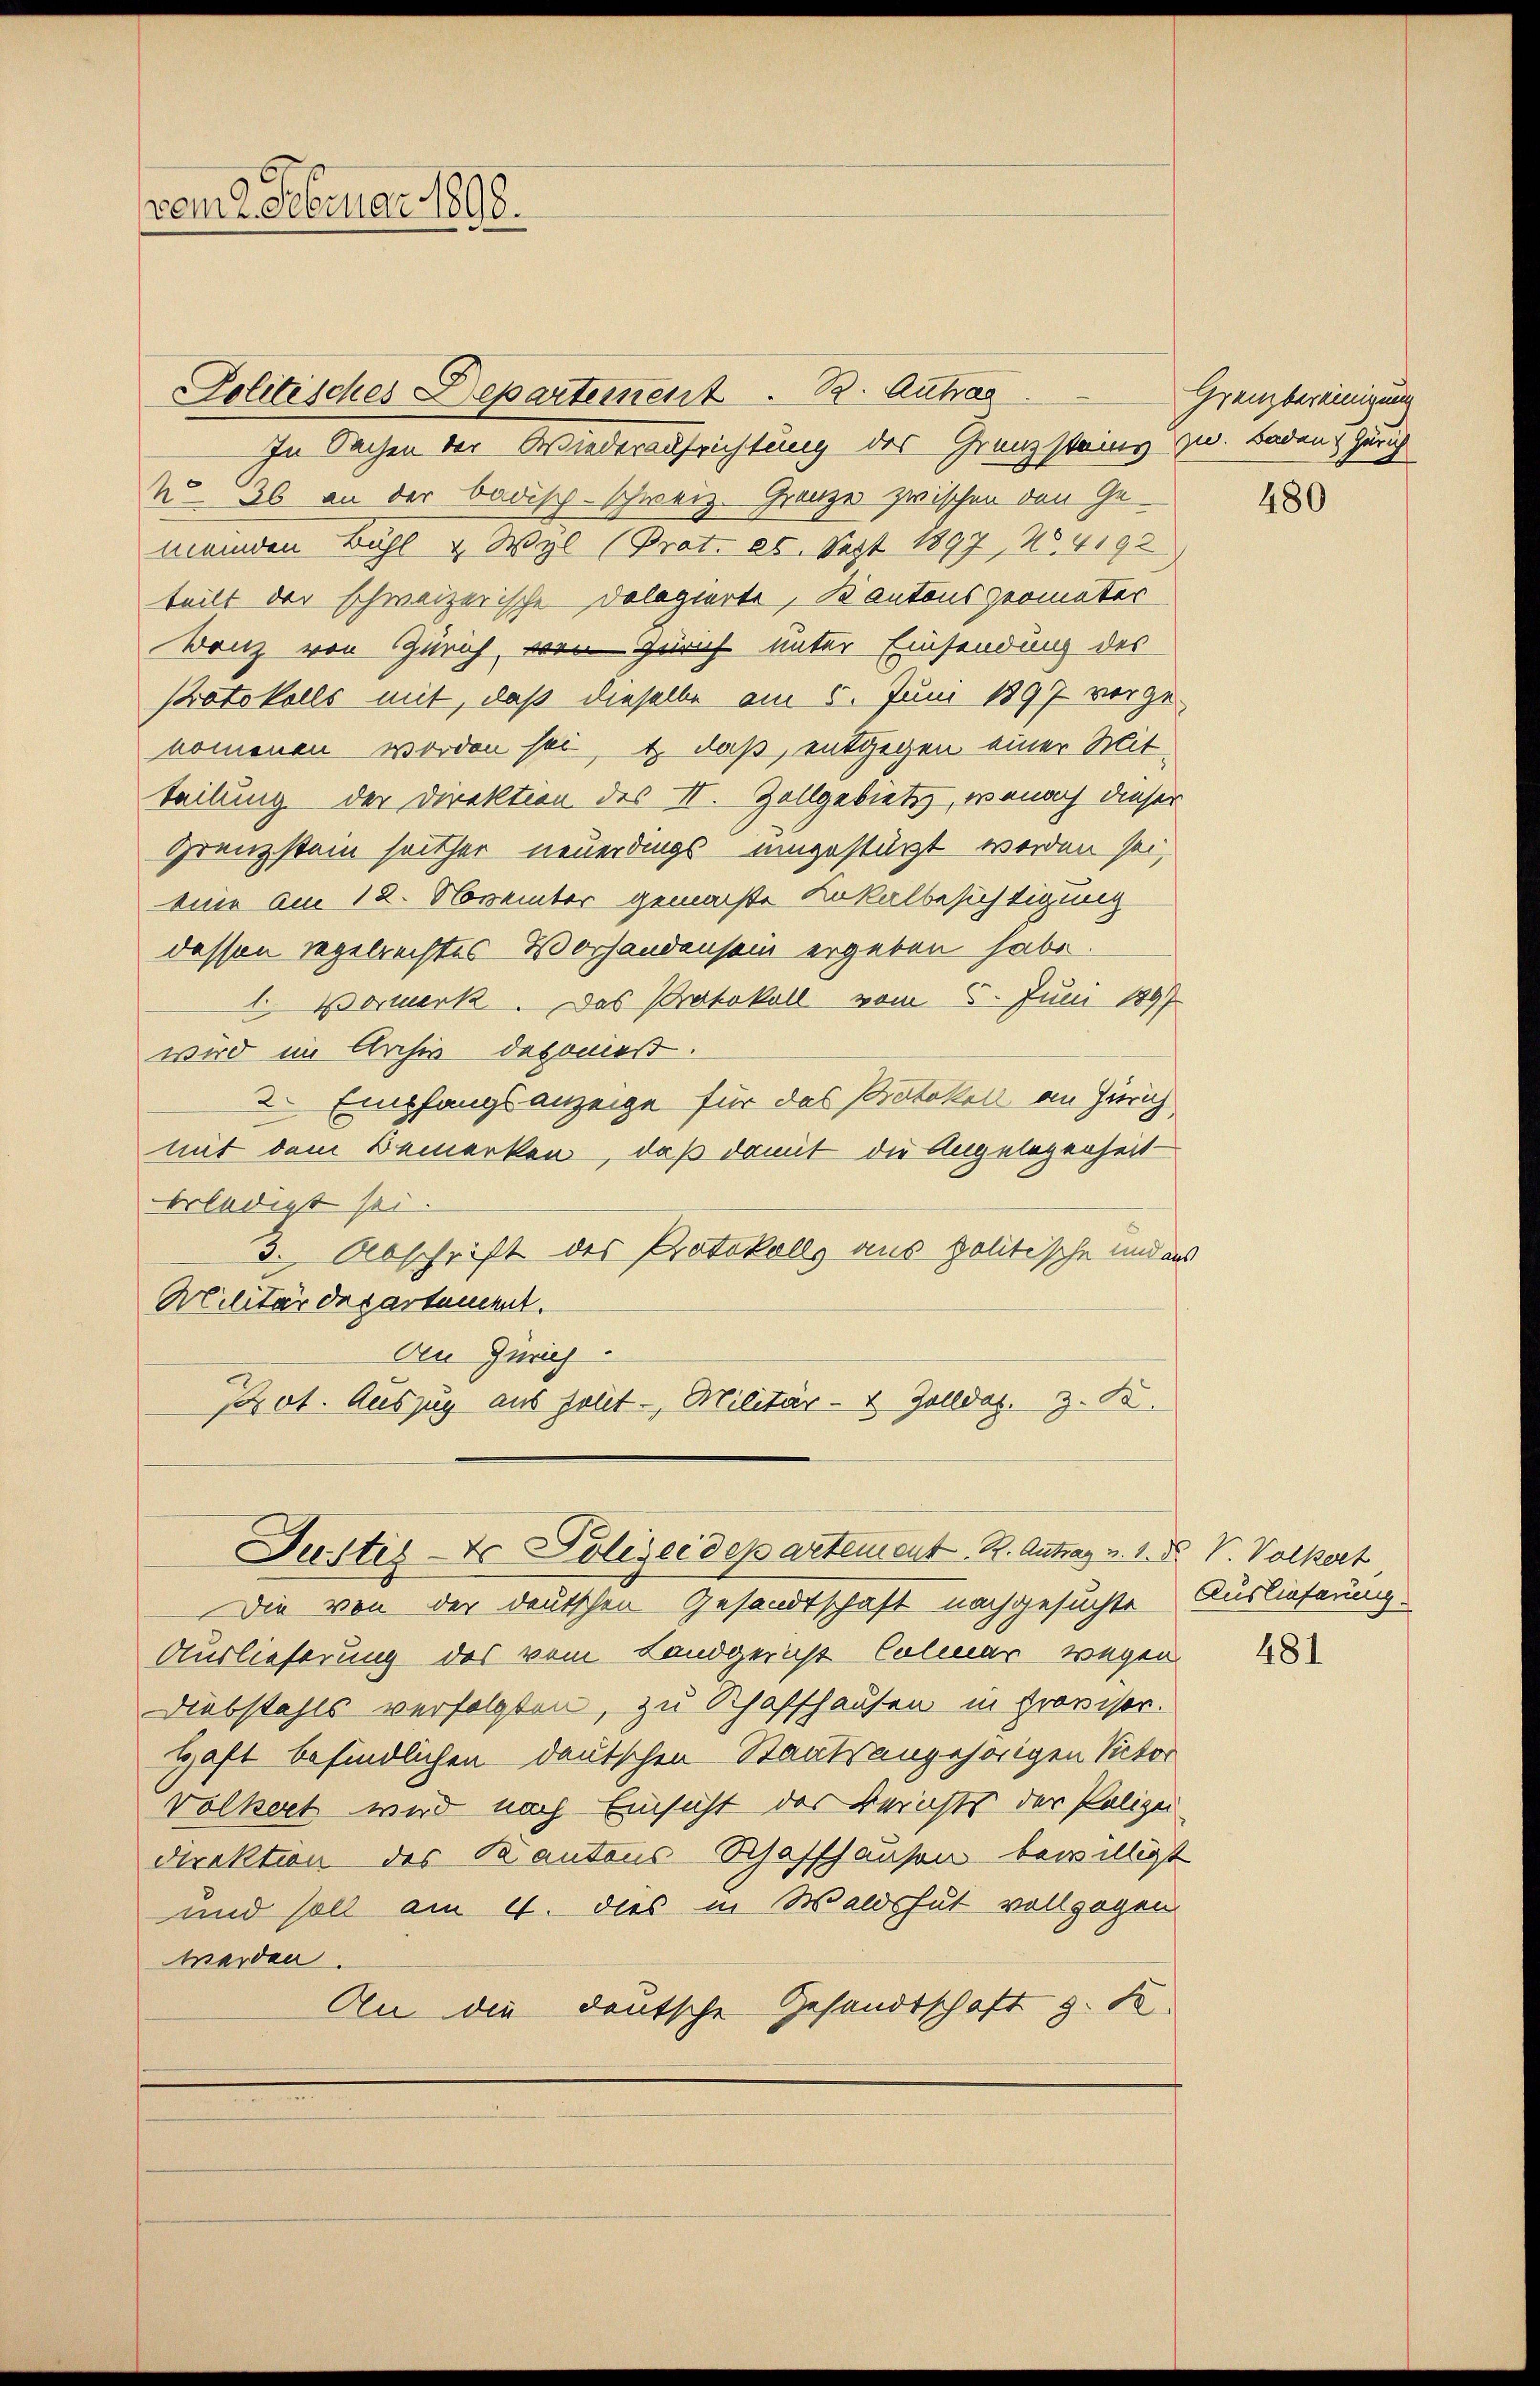
von 2 Februar 1808.

Politisches Departement. B. Antrag
In Sachen der Wiederaufrichtung des Grenzsteins zu. Baden Zürich
No 36 an der badisch-schweiz. Grenze zwischen den Ge-
meinden Bühl & Wyl (Prot. 25. Sept 1897, No. 4192
teilt der schweizerische Dologierte, kantons geometer
Banz von Zürich, von Zürich unter Einsendung des
Protokolls mit, daß dieselbe am 5. Juni 1897 vorgenomenen worden sei, & daß, entgegen einer Mitteilung der Direktion des II. Zollgebietes, wonach dieser
Grenzstain seither neuerdings umgestützt werden sei,
eine am 12. November gemachte Lokalbesichtigung
dessen Regelrechtes Vorhandensein ergeben habe.
1. Vormerk. Das Protokoll vom 5. Juni 1897
wird im Archiv deponiert.
2. Empfangsanzeige für das Protokoll an Zürich
mit dem Bemerken, daß damit die Angelegenheit
erledigt sei.
3. Abschrift des Protokolls aus politische und aus
Militärdepartement.
Den Zürich
Prot. Auszug aus sollt. Militär- & Zolldas. z. B.

Die von der deutschen Gesandtschaft nachgesuchte Auslieferung
Auslieferung des vom Landgericht Colmar wegen
Diebstahls verfolgten, zu Schaffhausen in Provisor.
Haft befindlichen deutschen Staatsangehörigen Victor
völkert wird nach Einsicht der Berichts der Polizei
Direktion des Kantons Schaffhausen bewilligt
und soll am 4. dies in Waldshut vollzogen
werden.
An die deutsche Gesandtschaft z. B.

6

Justiz-Er Polizeidepartement. R. Antrag v. 1. N. V. Volkert

Grenzbereinigung

480

481